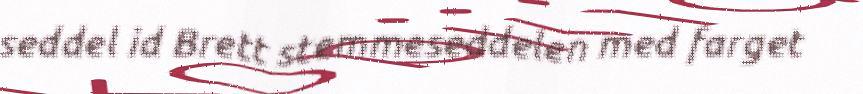
seddel id Brett stemmeseddelen med farget